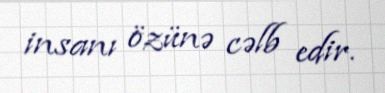
insanı özünə cəlb edir.